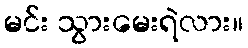
မင်း သွားမေးရဲလား။